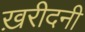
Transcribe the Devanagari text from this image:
ख़रीदनी